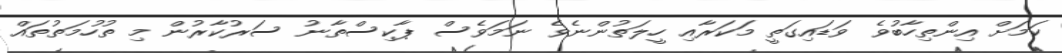
ކަމަށް އިންތިހާބުވެ ވަޑައިގަތީ މަކަރާއި ހީލަތުންނެވެ ނަމަވެސް ޕާކިސްތާނު ސަރުކާރުން މި ތުހުމަތުތައް